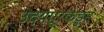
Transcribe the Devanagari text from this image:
उदयपूरकडून